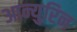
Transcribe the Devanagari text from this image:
आन्युरिन